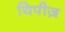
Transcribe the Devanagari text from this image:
यिपीज़